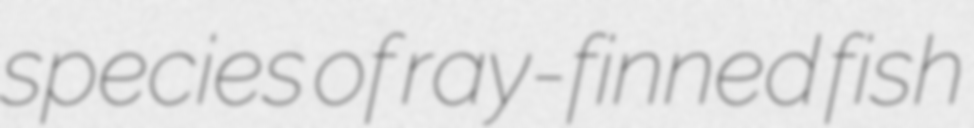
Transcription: species of ray-finned fish